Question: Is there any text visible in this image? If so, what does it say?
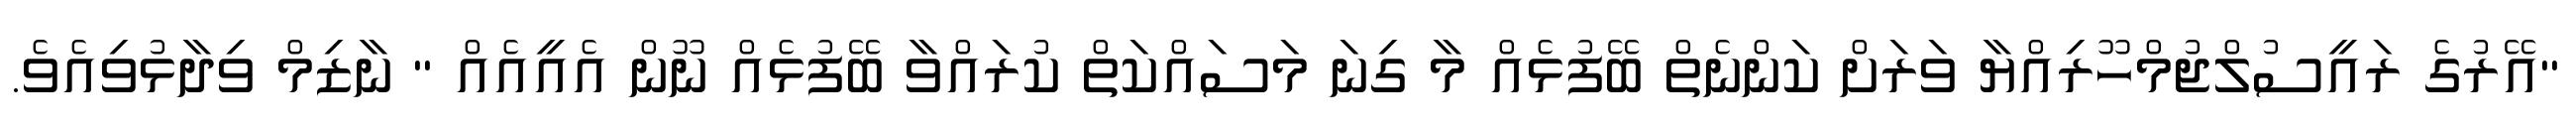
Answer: "އޭރުގެ ރައީސުލްޖުމްހޫރިއްޔާ ވަރަށް ކަންނެތް ބޭފުޅެއް މާ ގިނަ މަސައްކަތް ކުރައްވާ ބޭފުޅެއް ނޫން އެއީއެއް " ނާޒިމް ވިދާޅުވިއެވެ.